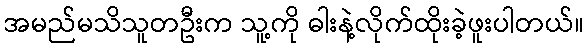
အမည်မသိသူတဦးက သူ့ကို ဓါးနဲ့လိုက်ထိုးခဲ့ဖူးပါတယ်။